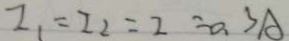
I _ { 1 } = I _ { 2 } = 2 = 0 . 3 A